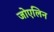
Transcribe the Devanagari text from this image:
जोएलिन